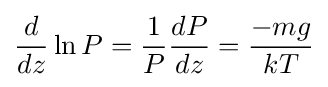
{\frac {d}{dz}}\ln {P}={\frac {1}{P}}{\frac {dP}{dz}}={\frac {-mg}{kT}}